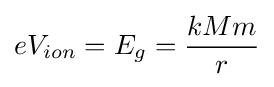
eV_{ion}=E_{g}={\frac {kMm}{r}}